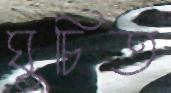
ঘুচিত